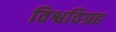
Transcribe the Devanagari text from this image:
विश्वविग्रह